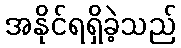
အနိုင်ရရှိခဲ့သည်